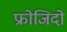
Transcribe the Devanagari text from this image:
फ्रोजिदो